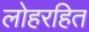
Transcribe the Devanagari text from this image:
लोहरहित